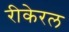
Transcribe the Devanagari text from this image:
रीकेरल